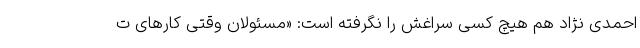
احمدی نژاد هم هیچ کسی سراغش را نگرفته است: «مسئولان وقتی کارهای ت